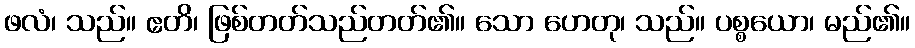
ဖလံ၊ သည်။ ဧတိ၊ ဖြစ်တတ်သည်တတ်၏။ သော ဟေတု၊ သည်။ ပစ္စယော၊ မည်၏။